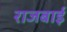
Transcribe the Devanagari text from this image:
राजबाई